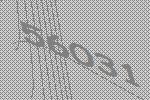
56031